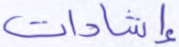
إشادات